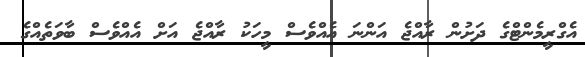
އެގްރީމެންޓްގެ ދަށުން ރާއްޖެ އަންނަ އެއްވެސް މީހަކު ރާއްޖެ އަށް އެއްވެސް ބާވަތެއްގެ